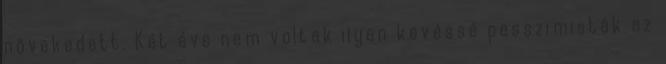
növekedett. Két éve nem voltak ilyen kevéssé pesszimisták az